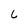
Character: 6